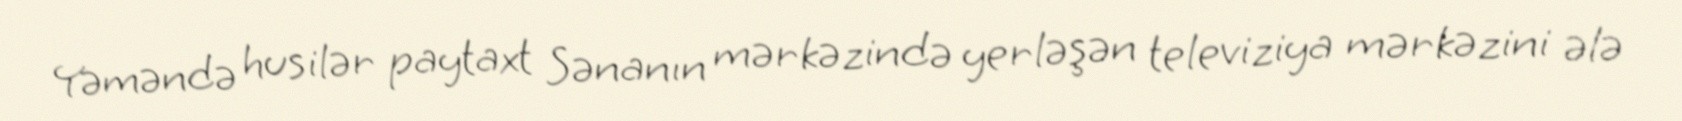
Yəməndə husilər paytaxt Sənanın mərkəzində yerləşən televiziya mərkəzini ələ